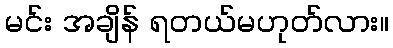
မင်း အချိန် ရတယ်မဟုတ်လား။